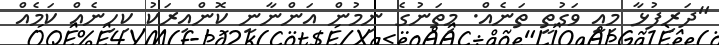
"ދަރިފުޅާ މިއީ ވަގުތީ ތަނެއް. މިތަނުގެ ނިމުން އަންނާނީ ކޮންއިރަކު ކިހިނެއް ކަމެއް